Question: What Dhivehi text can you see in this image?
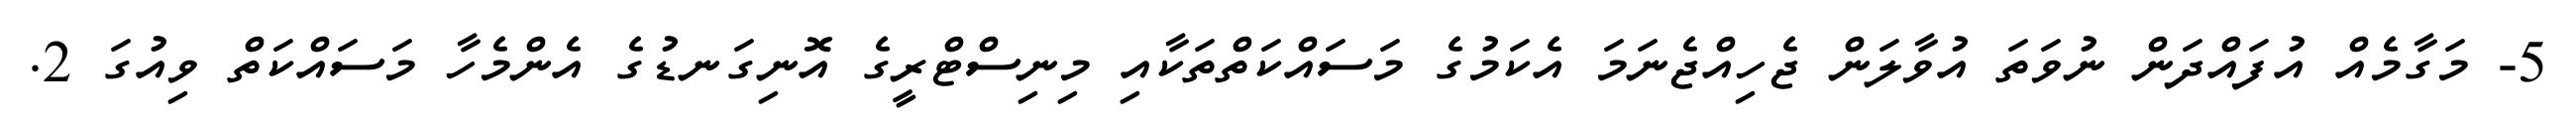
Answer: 5- މަގާމެއް އުފައްދަން ނުވަތަ އުވާލަން ޖެހިއްޖެނަމަ އެކަމުގެ މަސައްކަތްތަކާއި މިނިސްޓްރީގެ އޮނިގަނޑުގެ އެންމެހާ މަސައްކަތް ވިއުގަ 2.